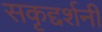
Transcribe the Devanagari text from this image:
सकृद्दर्शनी